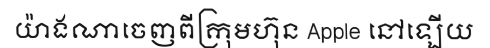
យ៉ាងណាចេញពីក្រុមហ៊ុន Apple នៅឡើយ